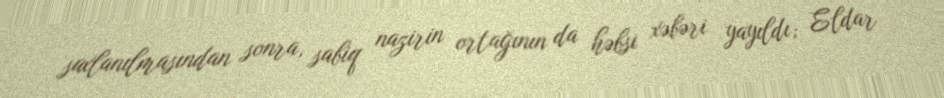
saxlanılmasından sonra, sabiq nazirin ortağının da həbsi xəbəri yayıldı; Eldar